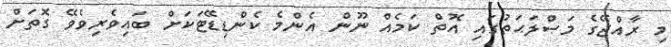
މި ރާއްޖޭގެ މަޞްލަޙަތުގައި އޮތް ކަމެއް ނޫން އެންމެ ކެންޑިޑޭޓަކަށް ބައިވެރިވެވޭ ގޮތަށް